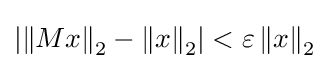
\left|\left\|Mx\right\|_{2}-\left\|x\right\|_{2}\right|<\varepsilon \left\|x\right\|_{2}